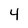
Character: 4